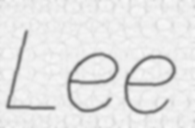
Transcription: Lee